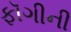
ફૉગીની